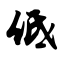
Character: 低